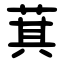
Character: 萁